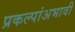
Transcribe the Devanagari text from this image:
प्रकल्पांअभावी